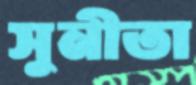
সুনীতা